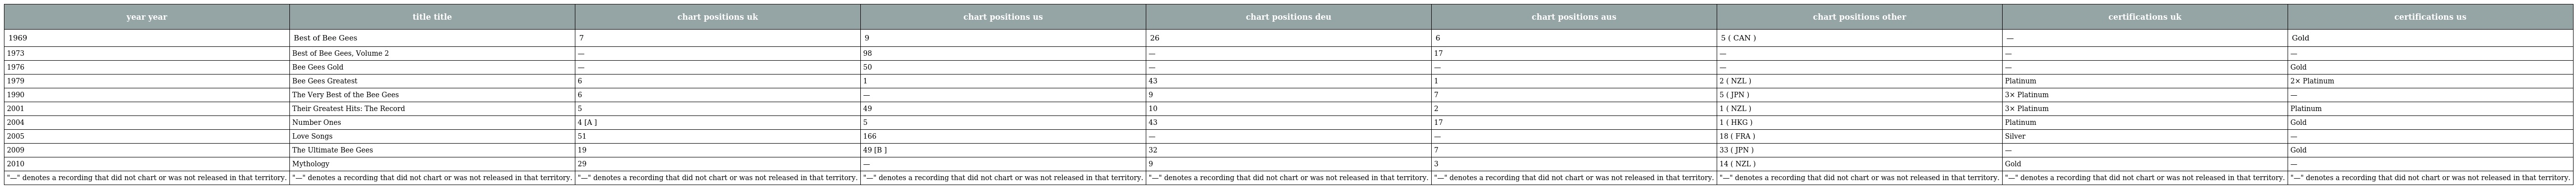
| year year | title title | chart positions uk | chart positions us | chart positions deu | chart positions aus | chart positions other | certifications uk | certifications us |
 | --- | --- | --- | --- | --- | --- | --- | --- | --- |
 | 1969 | Best of Bee Gees | 7 | 9 | 26 | 6 | 5 ( CAN ) | — | Gold |
 | 1973 | Best of Bee Gees, Volume 2 | — | 98 | — | 17 | — | — | — |
 | 1976 | Bee Gees Gold | — | 50 | — | — | — | — | Gold |
 | 1979 | Bee Gees Greatest | 6 | 1 | 43 | 1 | 2 ( NZL ) | Platinum | 2× Platinum |
 | 1990 | The Very Best of the Bee Gees | 6 | — | 9 | 7 | 5 ( JPN ) | 3× Platinum | — |
 | 2001 | Their Greatest Hits: The Record | 5 | 49 | 10 | 2 | 1 ( NZL ) | 3× Platinum | Platinum |
 | 2004 | Number Ones | 4 [A ] | 5 | 43 | 17 | 1 ( HKG ) | Platinum | Gold |
 | 2005 | Love Songs | 51 | 166 | — | — | 18 ( FRA ) | Silver | — |
 | 2009 | The Ultimate Bee Gees | 19 | 49 [B ] | 32 | 7 | 33 ( JPN ) | — | Gold |
 | 2010 | Mythology | 29 | — | 9 | 3 | 14 ( NZL ) | Gold | — |
 | "—" denotes a recording that did not chart or was not released in that territory. | "—" denotes a recording that did not chart or was not released in that territory. | "—" denotes a recording that did not chart or was not released in that territory. | "—" denotes a recording that did not chart or was not released in that territory. | "—" denotes a recording that did not chart or was not released in that territory. | "—" denotes a recording that did not chart or was not released in that territory. | "—" denotes a recording that did not chart or was not released in that territory. | "—" denotes a recording that did not chart or was not released in that territory. | "—" denotes a recording that did not chart or was not released in that territory. |